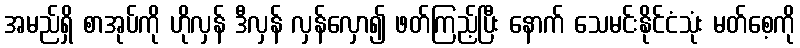
အမည်ရှိ စာအုပ်ကို ဟိုလှန် ဒီလှန် လှန်လှော၍ ဖတ်ကြည့်ပြီး နောက် သေမင်းနိုင်ငံသုံး မတ်စေ့ကို